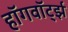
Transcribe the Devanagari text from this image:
हॉगवॉर्ट्झ